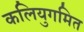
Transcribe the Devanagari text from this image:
कलियुगमित